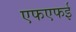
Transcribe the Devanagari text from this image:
एफएफई